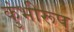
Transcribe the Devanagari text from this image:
कुंभीरूप